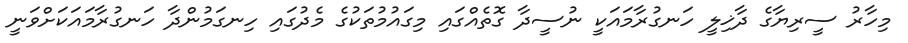
މިހާރު ސީރިޔާގެ ދާޚިލީ ހަނގުރާމައަކީ ނުސީދާ ގޮތެއްގައި މިގައުމުތަކުގެ މެދުގައި ހިނގަމުންދާ ހަނގުރާމައަކަށްވަނީ